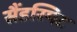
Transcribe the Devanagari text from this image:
सैंडस्पिट